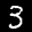
Label: 3